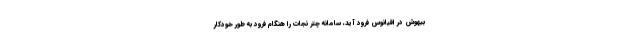
بیهوش در اقیانوس فرود آید، سامانه چتر نجات را هنگام فرود به طور خودکار